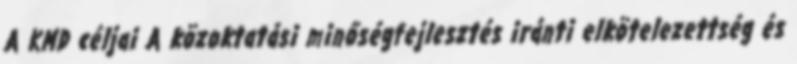
A KMD céljai A közoktatási minőségfejlesztés iránti elkötelezettség és